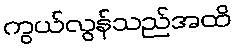
ကွယ်လွန်သည်အထိ